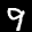
Label: 9